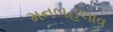
મનબહલાવ